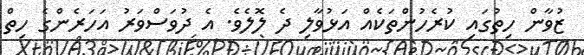
ޒުވާން ހިތުގައި ކުރެހުންތަކެއް އަޅުވާލި ދެ ލޮލެވެ. އެ ދުވަސްވަރު އަހަރެންގެ ހިތް